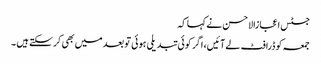
جسٹس اعجازالاحسن نے کہا کہ
جمعہ کو ڈرافٹ لے آئیں، اگر کوئی تبدیلی ہوئی تو بعد میں بھی کر سکتے ہیں ۔